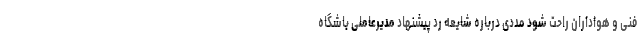
فنی و هواداران راحت شود مددی درباره شایعه رد پیشنهاد مدیرعاملی باشگاه